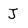
Character: J